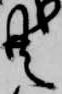
共